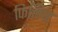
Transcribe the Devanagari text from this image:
फिलिप्ड